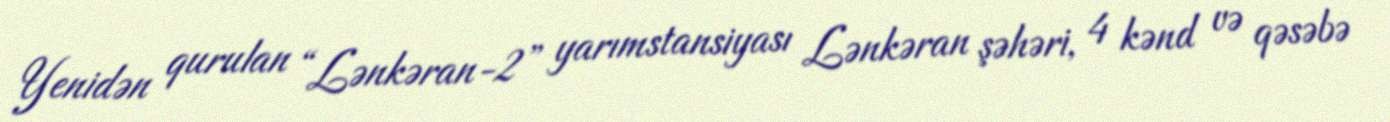
Yenidən qurulan “Lənkəran-2” yarımstansiyası Lənkəran şəhəri, 4 kənd və qəsəbə